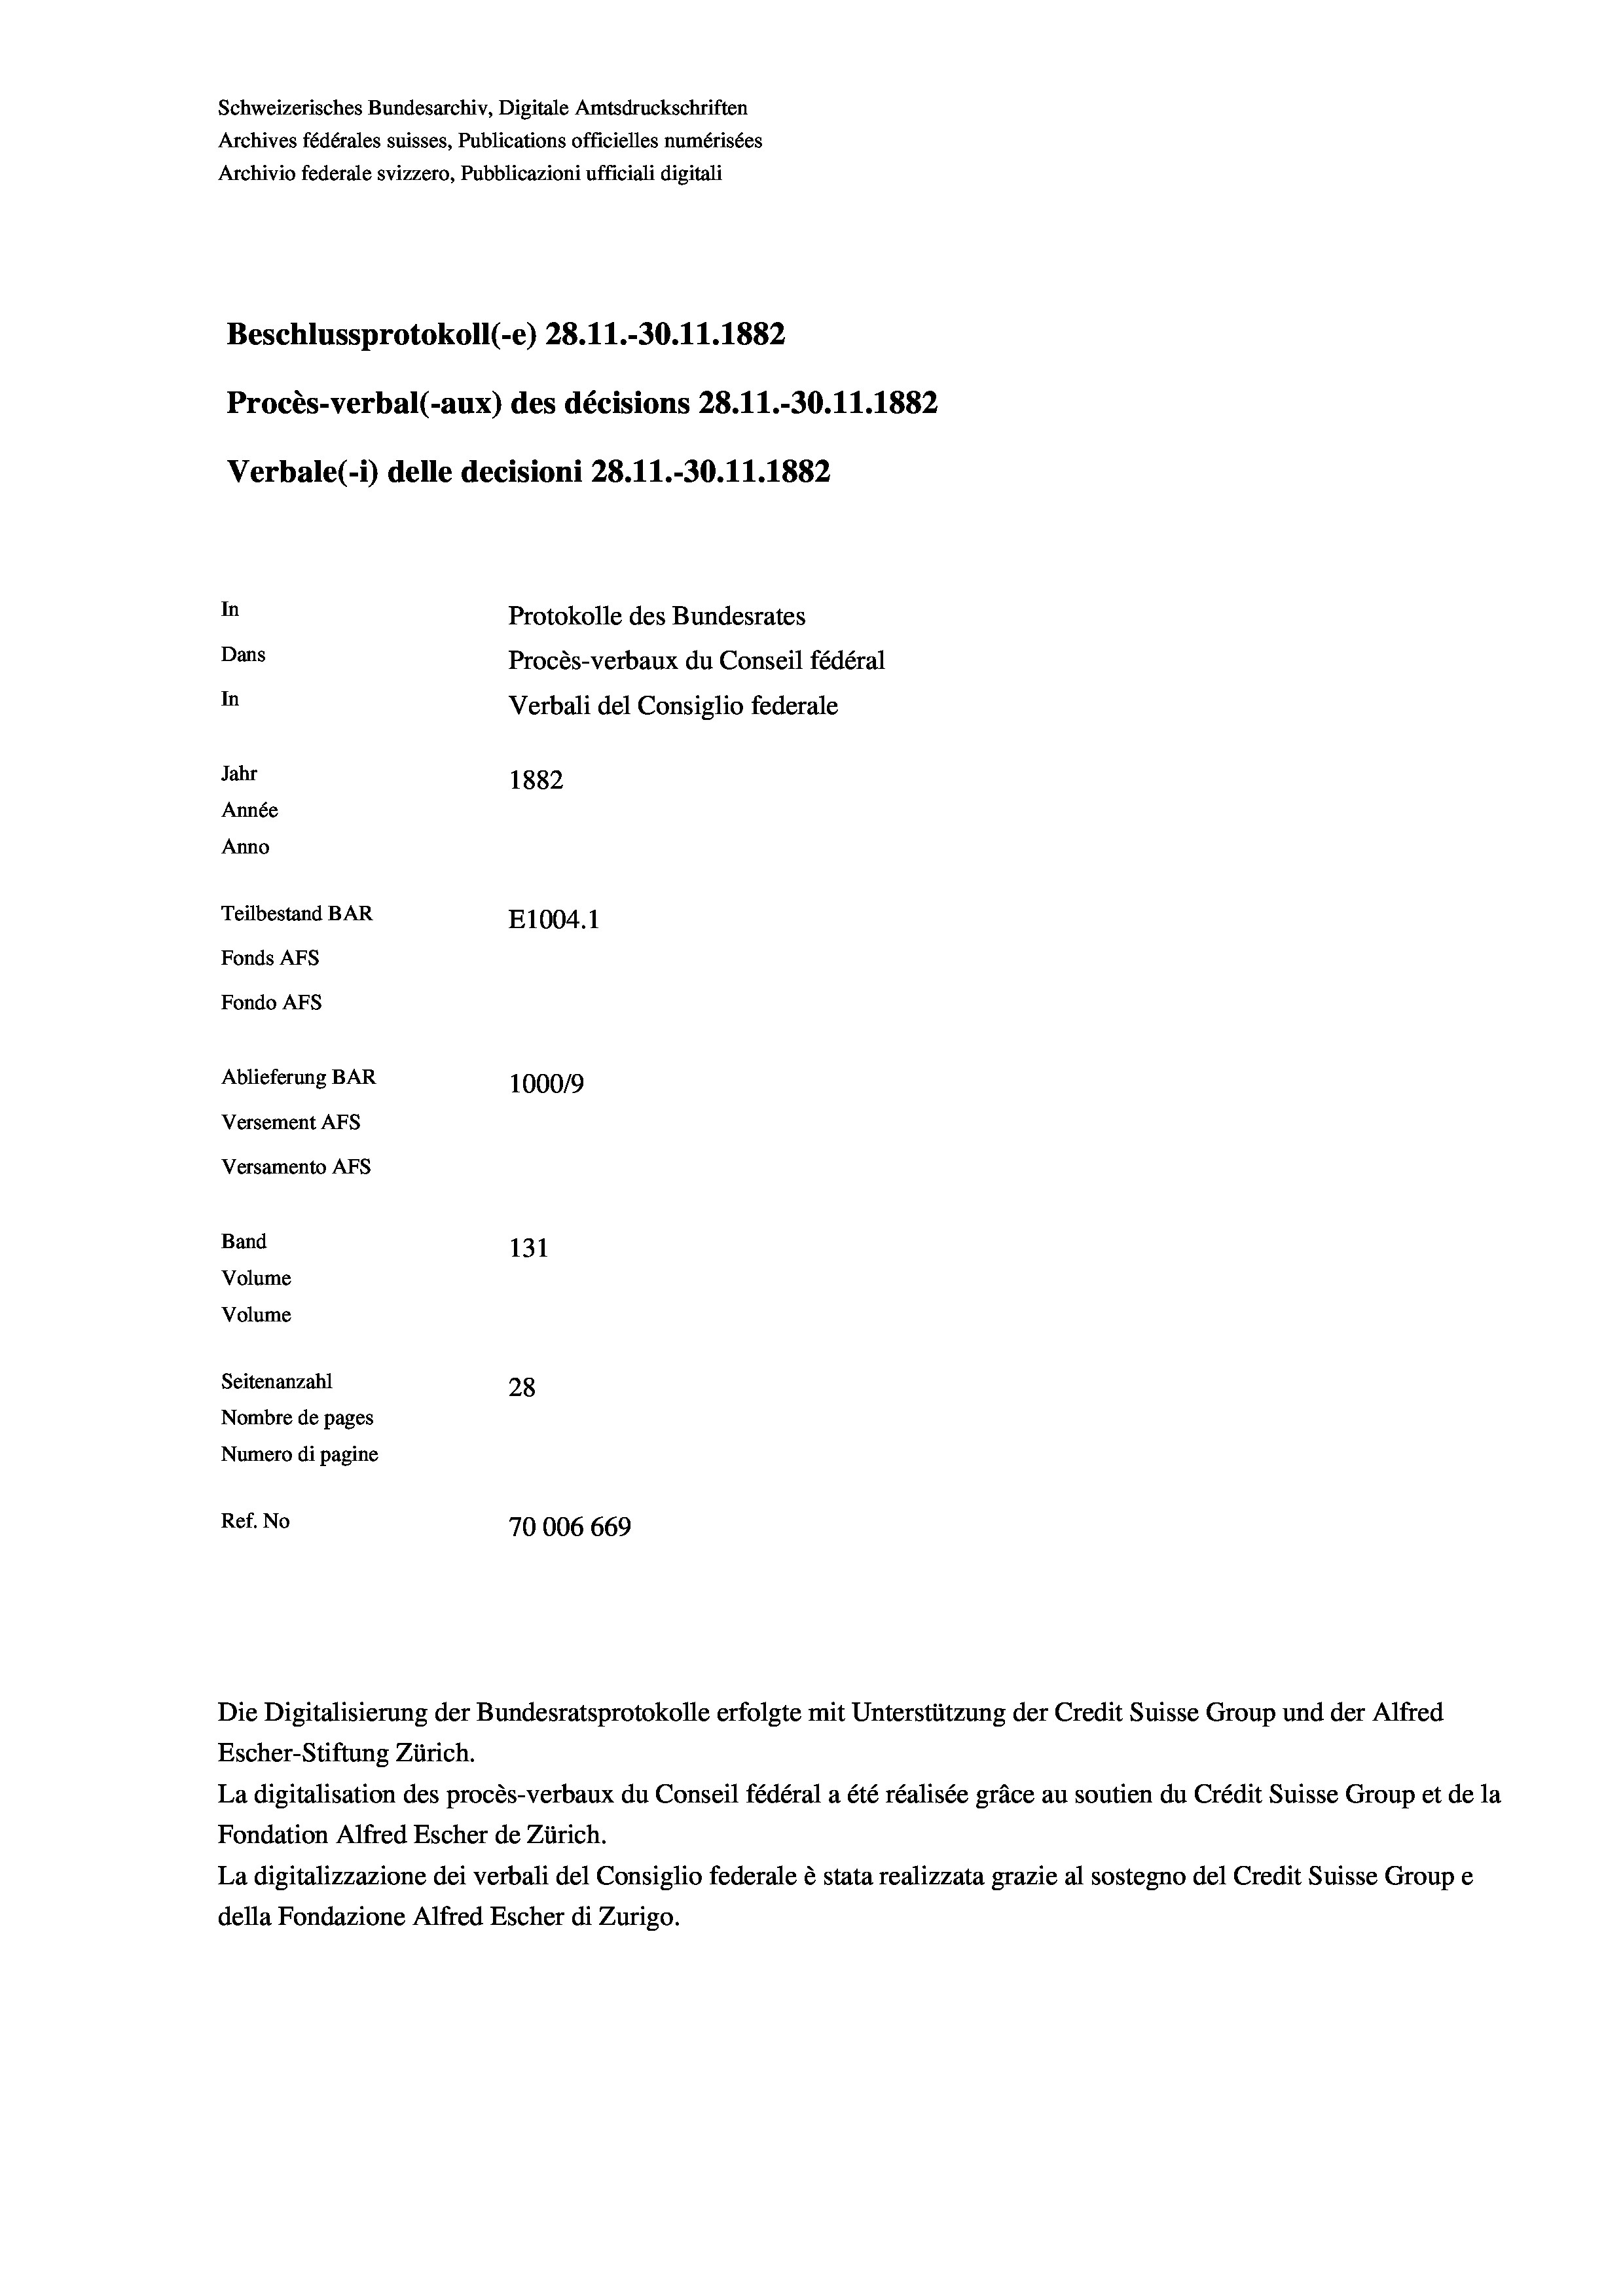
Schweizerisches Bundesarchiv, Digitale Amtsdruckschriften
Archives fédérales suisses, Publications officielles numérisées
Archivio federale svizzero, Pubblicazioni ufficiali digitali
Beschlussprotokoll (-e) 28. 11.-30.11.1882
Procès-verbal (-aux) des décisions 28.11.-30.11.1882
Verbale (- 1) delle decisioni 28. 11.-30.11.1882
In
Protokolle des Bundesrates
Dans
Procès-verbaux du Conseil fédéral
In
Verbali del Consiglio federale
Jahr
1882
Année
Anno
Teilbestand BAR
E1004. 1
Fonds AFs
Fondo AFS
Ablieferung BAR
100019
Versement AFs
Versamento Afs
Band
131
Volume
Volume
Seitenanzahl
28
Nombre de pages
Numero di pagine
Ref. No
70006 669

Die Digitalisierung der Bundesratsprotokolle erfolgte mit Unterstützung der Credit Suisse Group und der Alfred
Escher-Stiftung Zürich.
La digitalisation des procès-verbaux du Conseil fédéral a été réalisée gräce au soutien du Crédit Suisse Group et de la
Fondation Alfred Escher de Zürich.
La digitalizzazione dei verbali del Consiglio federale è stata realizzata grazie al sostegno del Credit Suisse Groupe
della Fondazione Alfred Escher di Zurigo.